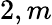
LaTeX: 2,m